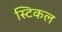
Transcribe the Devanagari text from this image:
स्टिकल